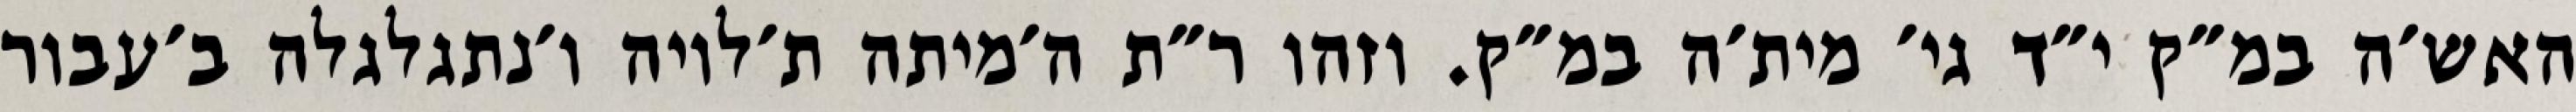
האש׳ה במ״ק י״ד גי׳ מית׳ה במ״ק. וזהו ר״ת ה׳מיתה ת׳לויה ו׳נתגלגלה ב׳עבור